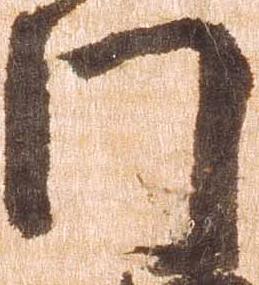
門